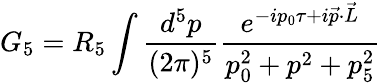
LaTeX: G_{5}=R_{5}\int\frac{d^{5}p}{(2\pi)^{5}}\frac{e^{-ip_{0}\tau+i\vec{p}\cdot\vec{L}}}{p_{0}^{2}+p^{2}+p_{5}^{2}}